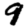
Digit: 9